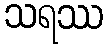
သရဿ